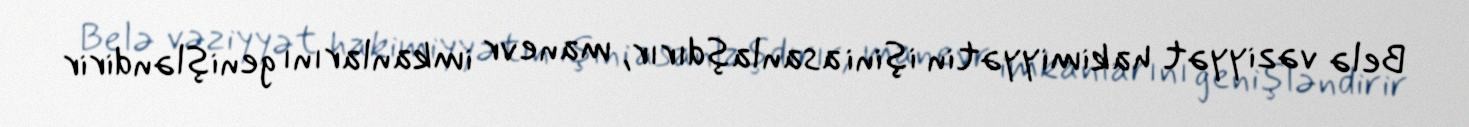
Belə vəziyyət hakimiyyətin işini asanlaşdırır, manevr imkanlarını genişləndirir